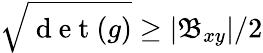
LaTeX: \sqrt{\mathrm{~d~e~t~}(g)}\geq|\mathfrak{B}_{xy}|/2